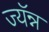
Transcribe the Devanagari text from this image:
ज्यॅन्न